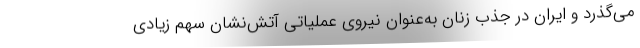
می‌گذرد و ایران در جذب زنان به‌عنوان نیروی عملیاتی آتش‌نشان سهم زیادی